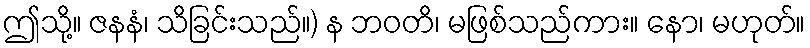
ဤသို့။ ဇနနံ၊ သိခြင်းသည်။) န ဘဝတိ၊ မဖြစ်သည်ကား။ နော၊ မဟုတ်။